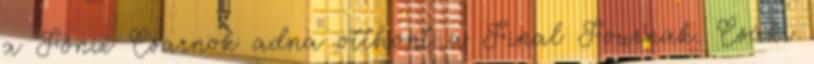
a Főnix Csarnok adna otthont a Final Fournak. Csáki